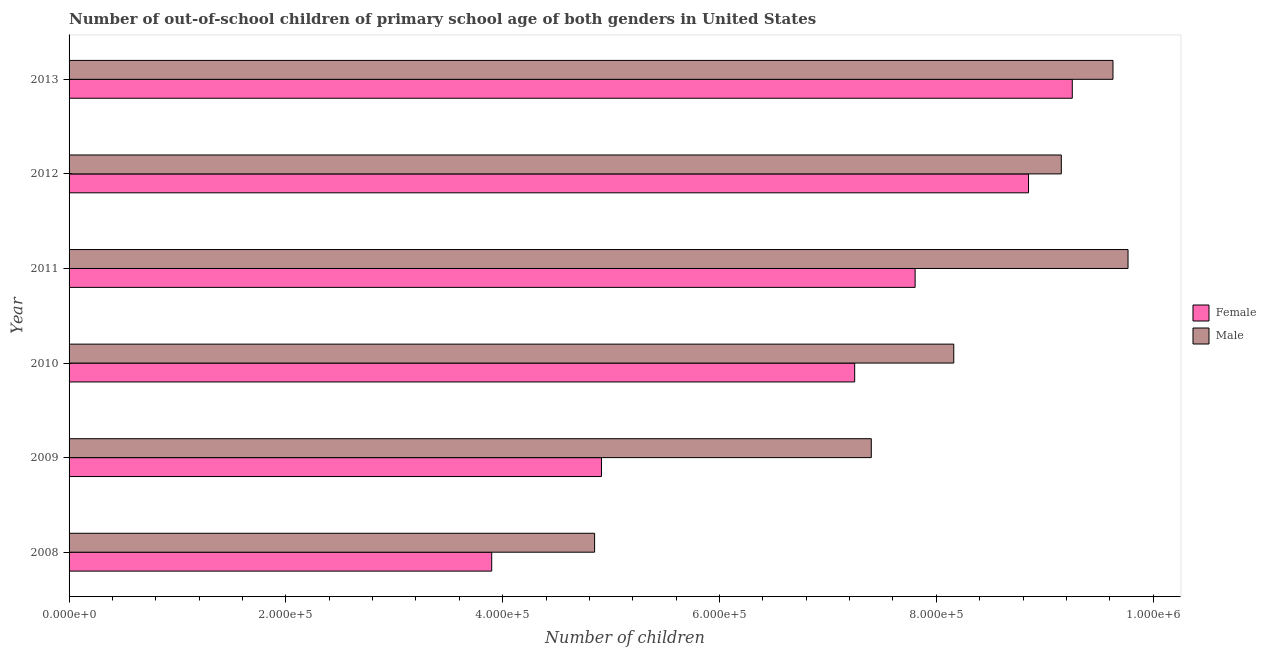
| Year | Female | Male |
 | --- | --- | --- |
 | 2008 | 3.9e+05 | 4.85e+05 |
 | 2009 | 4.91e+05 | 7.4e+05 |
 | 2010 | 7.25e+05 | 8.16e+05 |
 | 2011 | 7.8e+05 | 9.77e+05 |
 | 2012 | 8.85e+05 | 9.15e+05 |
 | 2013 | 9.25e+05 | 9.63e+05 |